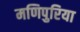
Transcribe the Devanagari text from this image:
मणिपुरिया